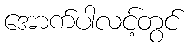
အောက်ပါလင့်တွင်